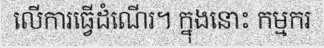
លើការធ្វើដំណើរ។ ក្នុងនោះ កម្មករ